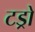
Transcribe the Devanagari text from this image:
टड्रो